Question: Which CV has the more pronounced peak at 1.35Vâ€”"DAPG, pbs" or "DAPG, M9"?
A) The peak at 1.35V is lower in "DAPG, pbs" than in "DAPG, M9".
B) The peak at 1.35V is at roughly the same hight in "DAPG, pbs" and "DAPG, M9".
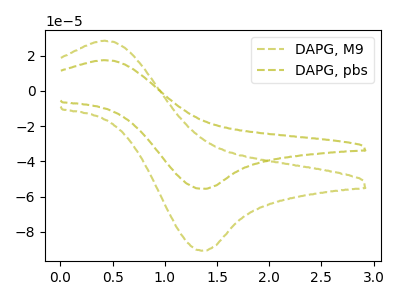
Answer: <think>The olive dashed curve "DAPG, M9" has an anodic peak at (0.40V, 28.50uA) and a cathodic peak at (1.35V, -90.70uA). The olive dashed curve "DAPG, pbs" has an anodic peak at (0.40V, 17.45uA) and a cathodic peak at (1.35V, -55.60uA).</think>
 <answer>A) The peak at 1.35V is lower in "DAPG, pbs" than in "DAPG, M9".</answer>
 <eval>A</eval>